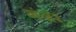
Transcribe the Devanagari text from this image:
गंजर